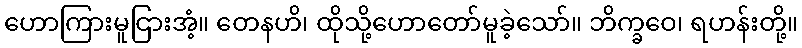
ဟောကြားမူငြားအံ့။ တေနဟိ၊ ထိုသို့ဟောတော်မူခဲ့သော်။ ဘိက္ခဝေ၊ ရဟန်းတို့။